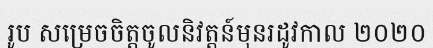
រូប សម្រេចចិត្តចូលនិវត្តន៍មុនរដូវកាល ២០២០